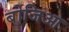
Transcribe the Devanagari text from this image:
बोजिआ